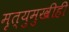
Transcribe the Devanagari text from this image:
मृत्युमुखीही